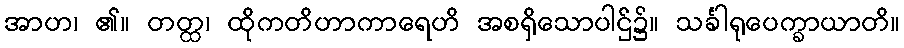
အာဟ၊ ၏။ တတ္ထ၊ ထိုကတိဟာကာရေဟိ အစရှိသောပါဌ်၌။ သင်္ခါရုပေက္ခာယာတိ။